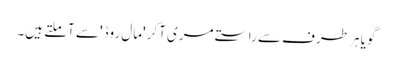
گویا ہر طرف سے راستے مری آکر 'مال روڈ' سے آملتے ہیں۔